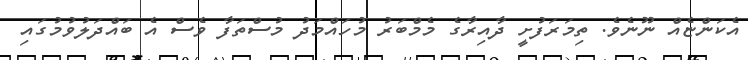
އެކަންޏެއް ނޫނެވެ. ތިމަރަފުށީ ދާއިރާގެ މެމްބަރު މުހައްމަދު މުސްތަފާ ވެސް އެ ބައްދަލުވުމުގައި